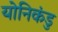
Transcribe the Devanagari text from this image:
योनिकंडु